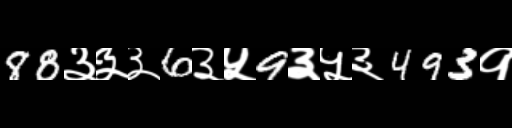
Text: 88३३३6३५9३५३493१